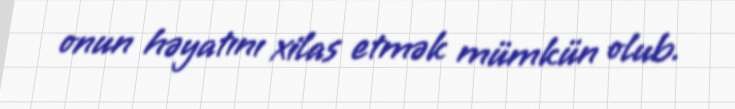
onun həyatını xilas etmək mümkün olub.